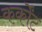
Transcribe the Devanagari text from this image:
कर्कोंट